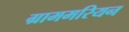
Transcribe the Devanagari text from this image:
ग्राममरियन